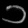
Digit: ၁